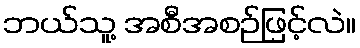
ဘယ်သူ့ အစီအစဉ်ဖြင့်လဲ။